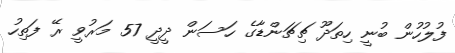
ފުލުހުން ބުނީ ހިތަދޫ ޗިޗަންޑާގެ ހަސަން ދީދީ 57 މަރުވީ ރޭ ފަތިހު